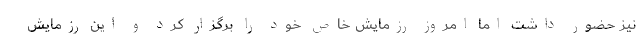
نیز حضور داشت اما امروز رزمایش خاص خود را برگزار کرد و این رزمایش